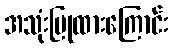
အသုံးပြုထားကြောင်း